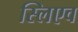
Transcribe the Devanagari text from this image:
स्लिएव